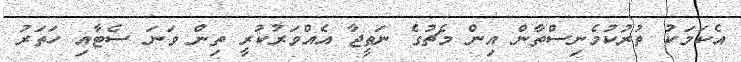
އެކަމަކު ތުރުކުމެނިސްތާން އިން މެޗުގެ ނަތީޖާ އެއްވަރުކުރީ ތިން ވަނަ ސެޓާއި ހަތަރު